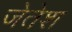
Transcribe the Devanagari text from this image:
जेतेश